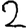
Digit: 2